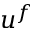
u ^ { f }